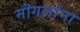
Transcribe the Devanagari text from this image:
मॊगलांना